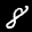
Digit: 8